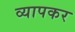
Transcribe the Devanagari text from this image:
व्यापकर